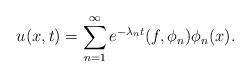
LaTeX: \begin{align*}u(x, t) = \sum_{n = 1}^\infty e^{-\lambda_n t}(f, \phi_n)\phi_n(x).\end{align*}